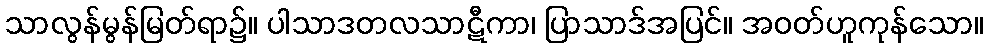
သာလွန်မွန်မြတ်ရာ၌။ ပါသာဒတလသာဋီကာ၊ ပြာသာဒ်အပြင်။ အဝတ်ဟူကုန်သော။